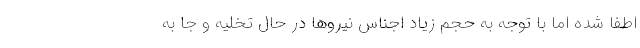
اطفا شده اما با توجه به حجم زیاد اجناس نیروها در حال تخلیه و جا به